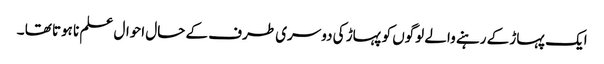
ایک پہاڑ کے رہنے والے لوگوں کو پہاڑ کی دوسری طرف کے حال احوال علم نا ہوتا تھا ۔